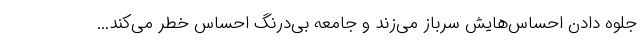
جلوه دادن احساس‌هایش سرباز می‌زند و جامعه بی‌درنگ احساس خطر می‌کند...